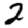
Digit: 2